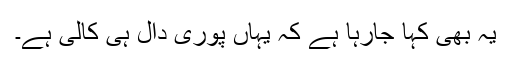
یہ بھی کہا جارہا ہے کہ یہاں پوری دال ہی کالی ہے۔